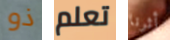
ذو تعلم أثرنا